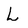
Character: L